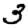
Digit: 3